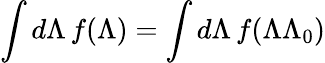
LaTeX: \int d\Lambda\, f(\Lambda)=\int d\Lambda\, f(\Lambda\Lambda_{0})